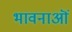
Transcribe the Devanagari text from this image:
भावनाऒं